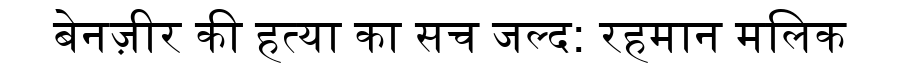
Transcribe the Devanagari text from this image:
बेनज़ीर की हत्या का सच जल्द: रहमान मलिक